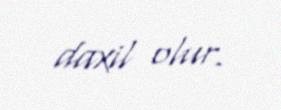
daxil olur.